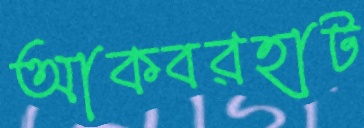
আকবরহাট